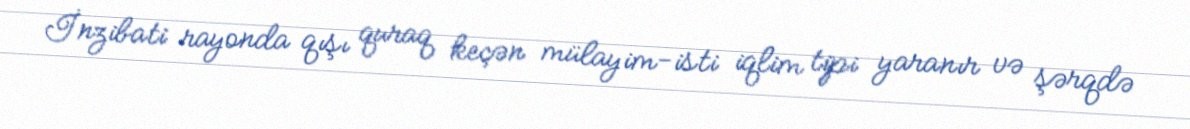
İnzibati rayonda qışı quraq keçən mülayim-isti iqlim tipi yaranır və şərqdə